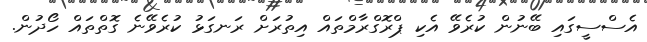
އެސްސީގައި ބޭނުން ކުރެވޭ އެކި ޕްރޮގްރާމްތައް އިތުރަށް ރަނގަޅު ކުރެވޭނެ ގޮތްތައް ހޯދުން.